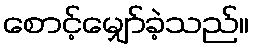
စောင့်မျှော်ခဲ့သည်။